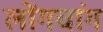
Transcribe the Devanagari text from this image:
लोंगचांग